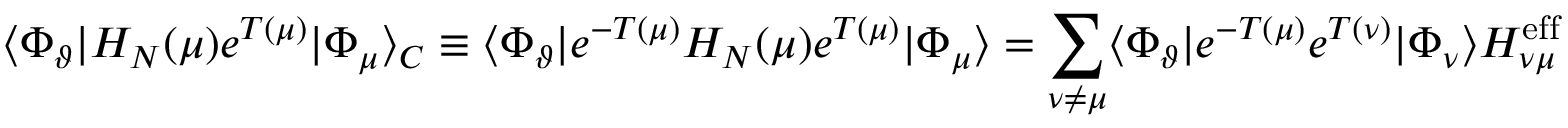
\langle \Phi _ { \vartheta } | H _ { N } ( \mu ) e ^ { T ( \mu ) } | \Phi _ { \mu } \rangle _ { C } \equiv \langle \Phi _ { \vartheta } | e ^ { - T ( \mu ) } H _ { N } ( \mu ) e ^ { T ( \mu ) } | \Phi _ { \mu } \rangle = \sum _ { \nu \neq \mu } \langle \Phi _ { \vartheta } | e ^ { - T ( \mu ) } e ^ { T ( \nu ) } | \Phi _ { \nu } \rangle H _ { \nu \mu } ^ { \mathrm { e f f } }